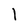
Character: l